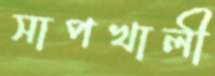
সাপখালী